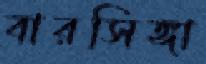
বারসিঙ্গা